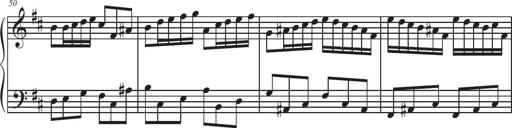
Title: Sonatina Espania
Composer: Jerald Franklin Archer
Key: Various